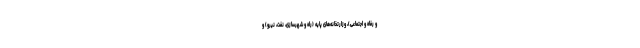
و رفاه و اجتماعی)، وزارتخانه‌های پایه (راه و شهرسازی، نفت، نیرو) و